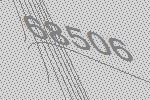
68506